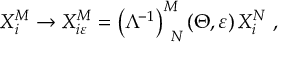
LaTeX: X _ { i } ^ { M } \rightarrow X _ { i \varepsilon } ^ { M } = \left( \Lambda ^ { - 1 } \right) _ { \, \, \, N } ^ { M } \left( \Theta , \varepsilon \right) X _ { i } ^ { N } \, \, ,